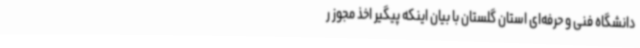
دانشگاه فنی و حرفه‌ای استان گلستان با بیان اینکه پیگیر اخذ مجوز ر